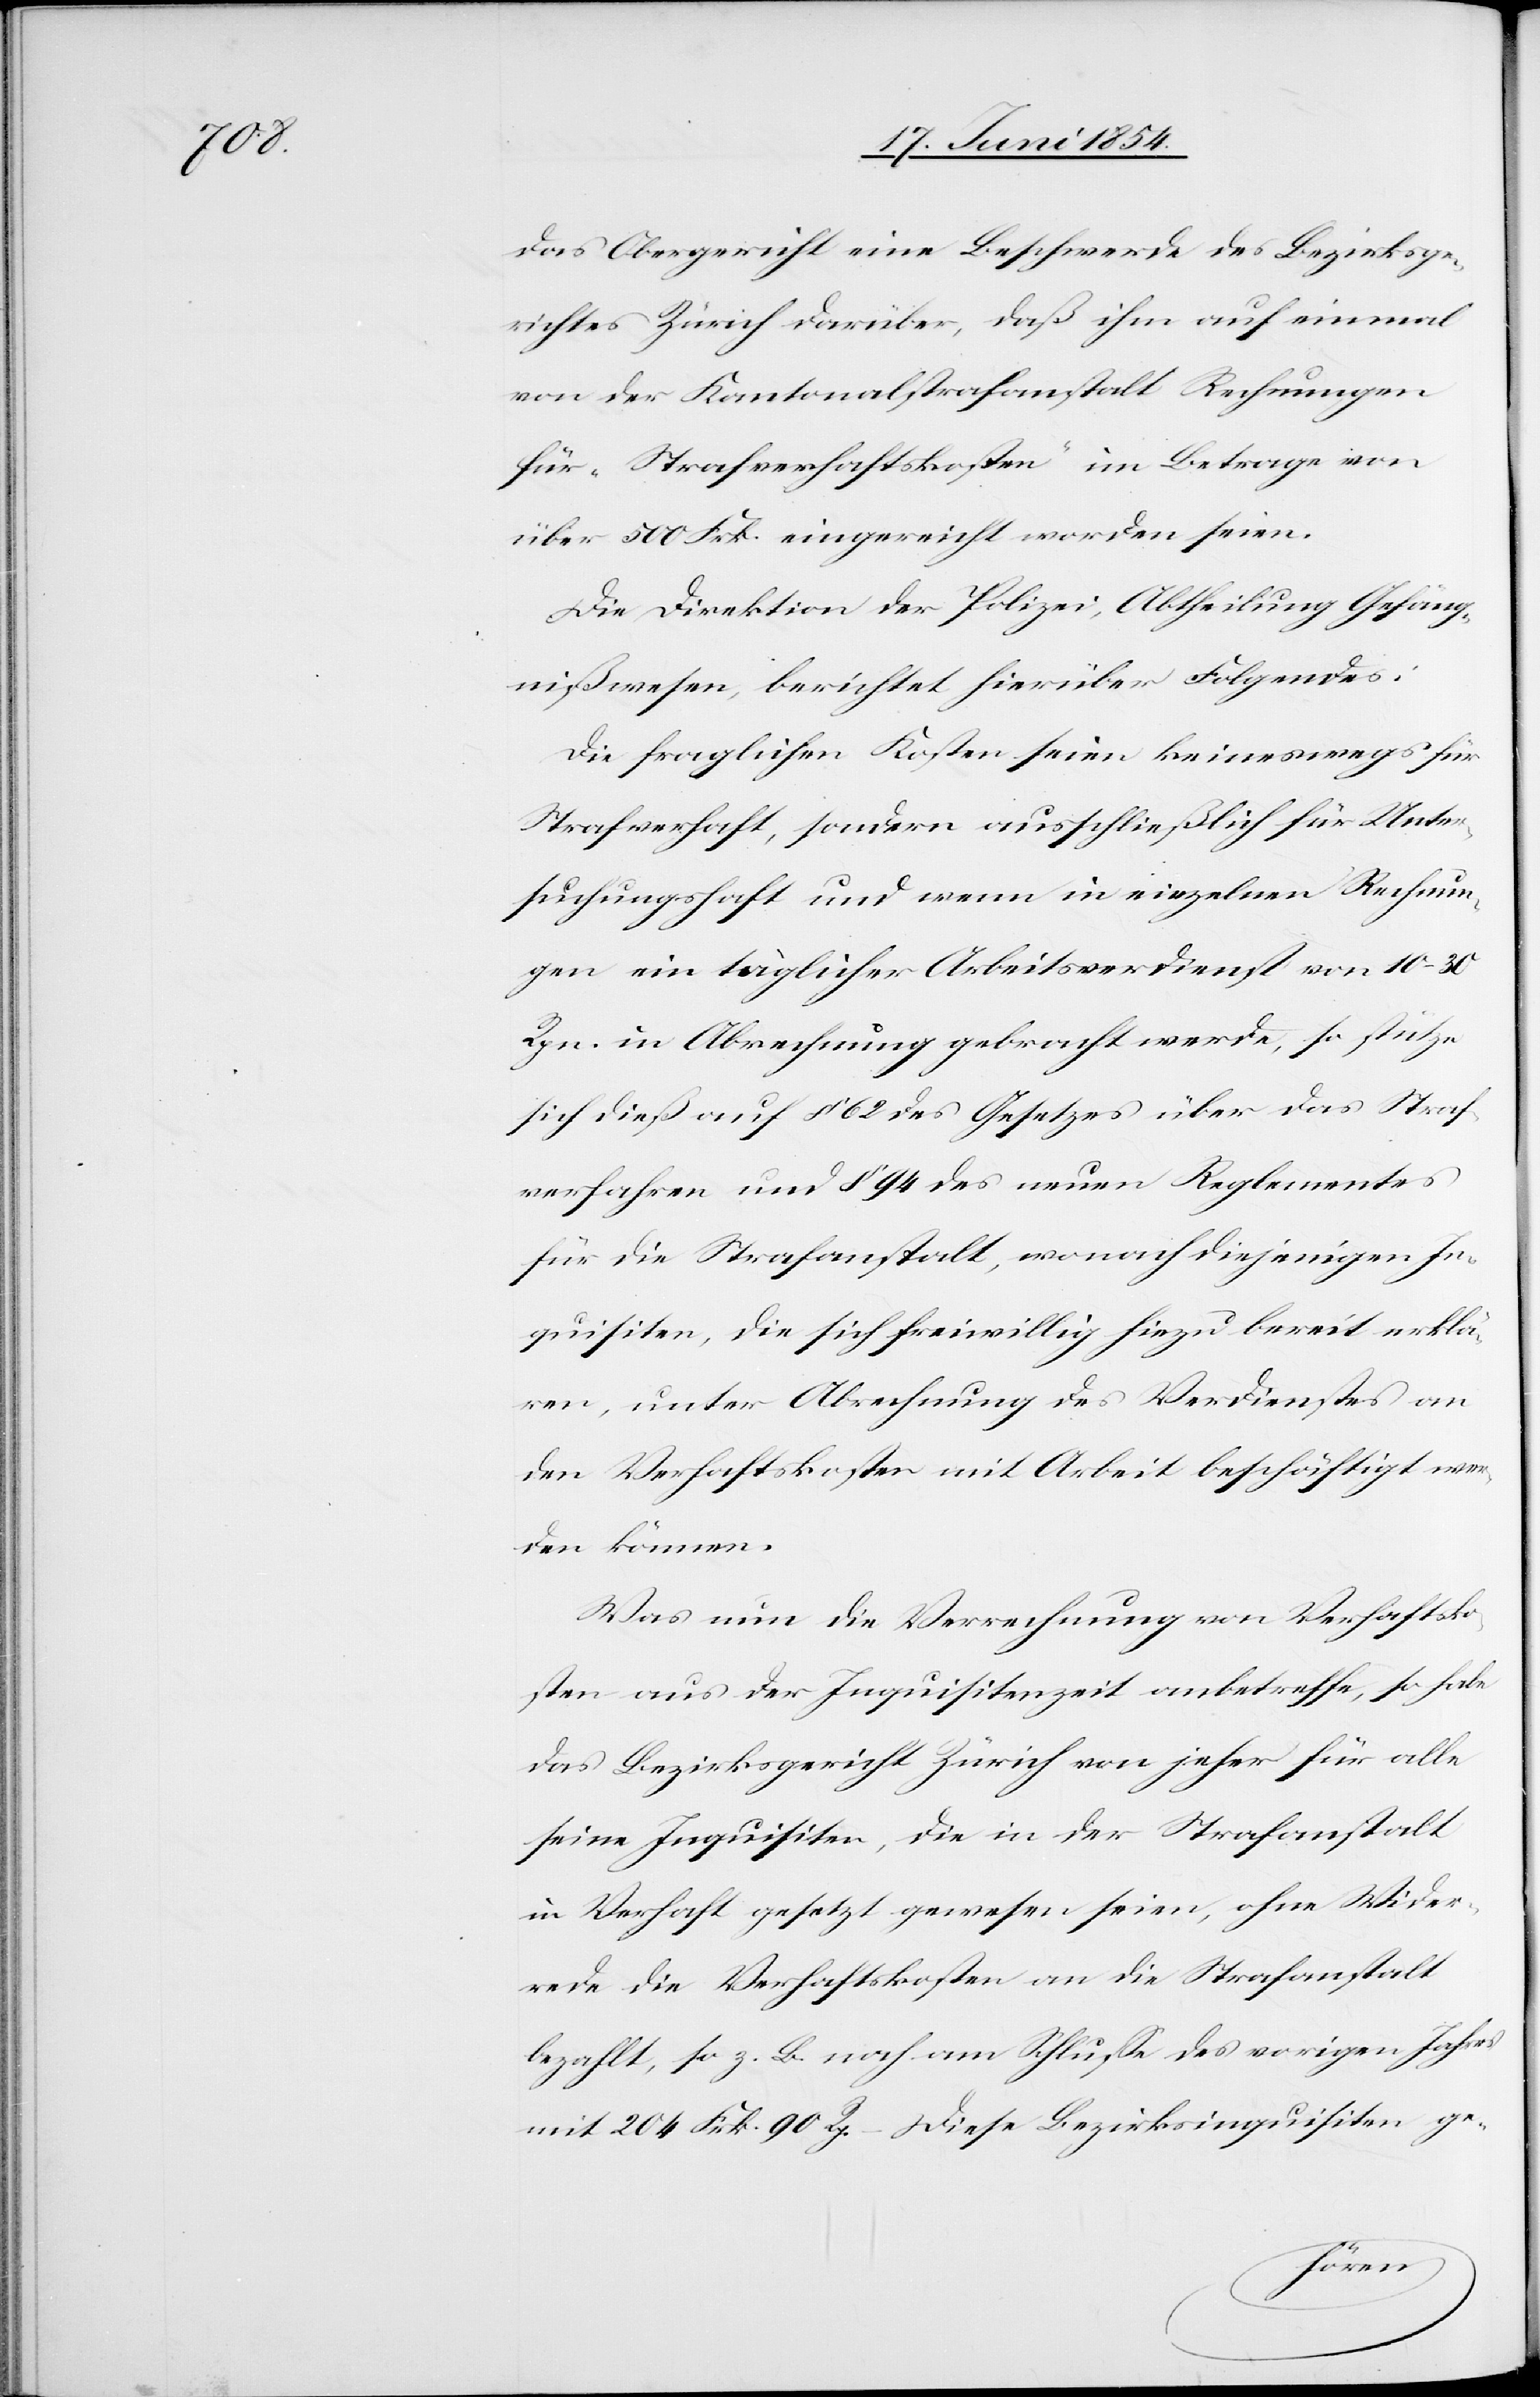
das Obergericht eine Beschwerde des Bezirksge¬
richtes Zürich darüber, daß ihm auf einmal
von der Kantonalstrafanstalt Rechnungen
für „Strafverhaftskosten“ im Betrage von
über 500 Frk. eingereicht worden seien.
Die Direktion der Polizei, Abtheilung Gefäng¬
nißwesen, berichtet hierüber Folgendes:
Die fraglichen Kosten seien keineswegs für
Strafverhaft, sondern ausschließlich für Unter¬
suchungshaft und wenn in einzelnen Rechnun¬
gen ein täglicher Arbeitsverdienst von 10–30
Rpn. in Abrechnung gebracht werde, so stütze
sich dieß auf § 62 des Gesetzes über das Straf¬
verfahren und § 94 des neuen Reglements
für die Strafanstalt, wonach diejenigen In¬
quisiten, die sich freiwillig hiezu bereit erklä¬
ren, unter Abrechnung des Verdienstes an
den Verhaftskosten mit Arbeit beschäftigt wer¬
den können.
Was nun die Verrechnung von Verhaftsko¬
sten aus der Inquisitenzeit anbetreffe, so habe
das Bezirksgericht Zürich von jeher für alle
seine Inquisiten, die in der Strafanstalt
in Verhaft gesetzt gewesen seien, ohne Wider¬
rede die Verhaftskosten an die Strafanstalt
bezahlt, so z. B. noch am Schluße des vorigen Jahres
mit 204 Frk. 90 Rp. – Diese Bezirksinquisiten ge-